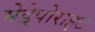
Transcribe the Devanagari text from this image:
मेड्रेपोराइट